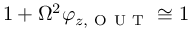
1 + \Omega ^ { 2 } \varphi _ { z , \mathrm { ~ O ~ U ~ T ~ } } \cong 1